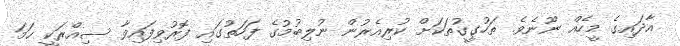
އާދައިގެ މީހެއް ނޫނެވެ. ތަހުގީގުތަކަށް ކުރިއެރުން ނުލިބުމުގެ ފަހަތުގައި ފޮރުވިފައިވާ ސިއްރަކީ ހަމަ